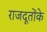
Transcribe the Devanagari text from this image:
राजदूतोंके